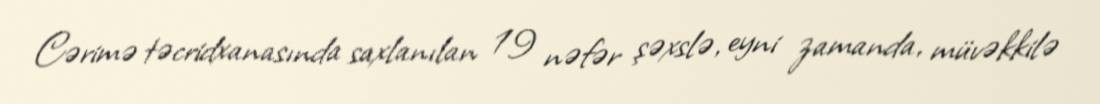
Cərimə təcridxanasında saxlanılan 19 nəfər şəxslə, eyni zamanda, müvəkkilə